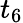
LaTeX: t_{6}